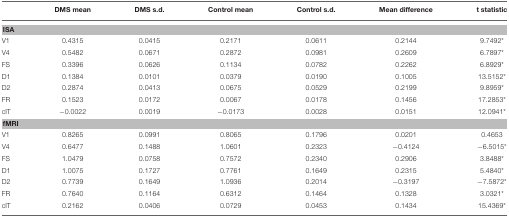
|  | DMS mean | DMS s.d. | Control mean | Control s.d. | Mean difference | t statistic |
 | --- | --- | --- | --- | --- | --- | --- |
 | <COLSPAN=7> ISA |
 | V1 | 0.4315 | 0.0415 | 0.2171 | 0.0611 | 0.2144 | 9.7492* |
 | V4 | 0.5482 | 0.0671 | 0.2872 | 0.0981 | 0.2609 | 6.7897* |
 | FS | 0.3396 | 0.0626 | 0.1134 | 0.0782 | 0.2262 | 6.8929* |
 | D1 | 0.1384 | 0.0101 | 0.0379 | 0.0190 | 0.1005 | 13.5152* |
 | D2 | 0.2874 | 0.0413 | 0.0675 | 0.0529 | 0.2199 | 9.8959* |
 | FR | 0.1523 | 0.0172 | 0.0067 | 0.0178 | 0.1456 | 17.2853* |
 | cIT | −0.0022 | 0.0019 | −0.0173 | 0.0028 | 0.0151 | 12.0941* |
 | <COLSPAN=7> fMRI |
 | V1 | 0.8265 | 0.0991 | 0.8065 | 0.1796 | 0.0201 | 0.4653 |
 | V4 | 0.6477 | 0.1488 | 1.0601 | 0.2323 | −0.4124 | −6.5015* |
 | FS | 1.0479 | 0.0758 | 0.7572 | 0.2340 | 0.2906 | 3.8488* |
 | D1 | 1.0075 | 0.1727 | 0.7761 | 0.1649 | 0.2315 | 5.4840* |
 | D2 | 0.7739 | 0.1649 | 1.0936 | 0.2014 | −0.3197 | −7.5872* |
 | FR | 0.7640 | 0.1164 | 0.6312 | 0.1464 | 0.1328 | 3.0321* |
 | cIT | 0.2162 | 0.0406 | 0.0729 | 0.0453 | 0.1434 | 15.4369* |